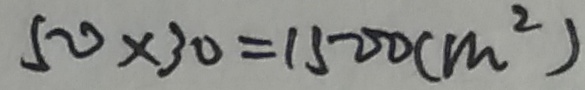
5 0 \times 3 0 = 1 5 0 0 ( m ^ { 2 } )